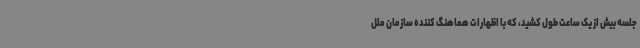
جلسه بیش از یک ساعت طول کشید، که با اظهارات هماهنگ کننده سازمان ملل